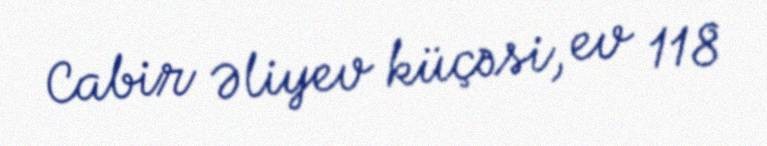
Cabir Əliyev küçəsi, ev 118